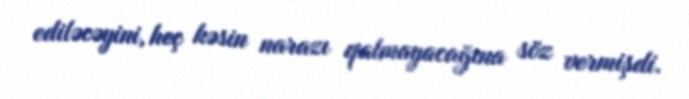
ediləcəyini, heç kəsin narazı qalmayacağına söz vermişdi.